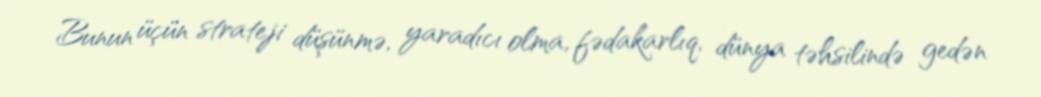
Bunun üçün strateji düşünmə, yaradıcı olma, fədakarlıq, dünya təhsilində gedən